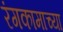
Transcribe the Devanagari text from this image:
रंगकामाच्या